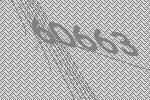
60663